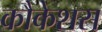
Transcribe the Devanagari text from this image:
कौकेशस